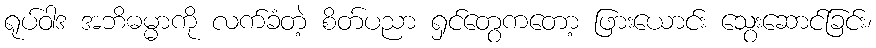
ရုပ်ဝါဒ အဘိဓမ္မာကို လက်ခံတဲ့ စိတ်ပညာ ရှင်တွေကတော့ ဖြားယောင်း သွေးဆောင်ခြင်း၊